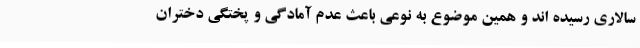
سالاری رسیده اند و همین موضوع به نوعی باعث عدم آمادگی و پختگی دختران